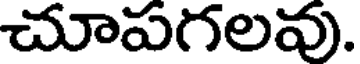
చూపగలవు.